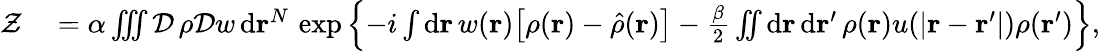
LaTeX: \begin{array}{rl}{\mathcal{Z}}&{{}=\alpha\iiint\mathcal{D}\, \rho\mathcal{D}w\, \mathrm{d}\mathbf{r}^{N}\, \exp\left\{ -i\int\mathrm{d}\mathbf{r}\, w(\mathbf{r})\big[\rho(\mathbf{r})-\hat{\rho}(\mathbf{r})\big]-\frac{\beta}{2}\iint\mathrm{d}\mathbf{r}\, \mathrm{d}\mathbf{r}^{\prime}\, \rho(\mathbf{r})u(\vert\mathbf{r}-\mathbf{r}^{\prime}\vert)\rho(\mathbf{r}^{\prime})\right\} ,}\end{array}